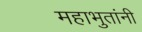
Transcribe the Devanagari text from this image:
महाभुतांनी